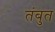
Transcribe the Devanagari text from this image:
तंबुत